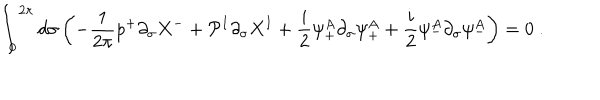
LaTeX: \int _ { 0 } ^ { 2 \pi } d \sigma \left( - \frac { 1 } { 2 \pi } p ^ { + } \partial _ { \sigma } X ^ { - } + { \cal P } ^ { I } \partial _ { \sigma } X ^ { I } + \frac { i } { 2 } \psi _ { + } ^ { A } \partial _ { \sigma } \psi _ { + } ^ { A } + \frac { i } { 2 } \psi _ { - } ^ { A } \partial _ { \sigma } \psi _ { - } ^ { A } \right) = 0 ~ .